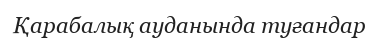
Қарабалық ауданында туғандар